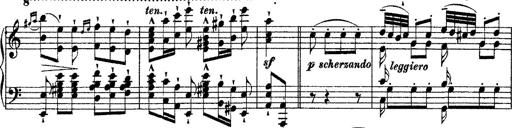
Title: Grande fantasie di bravura sur La clochette
Composer: Franz Liszt
Key: A minor